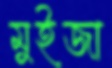
মুইজা